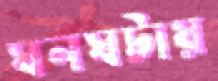
ঘনঘটায়